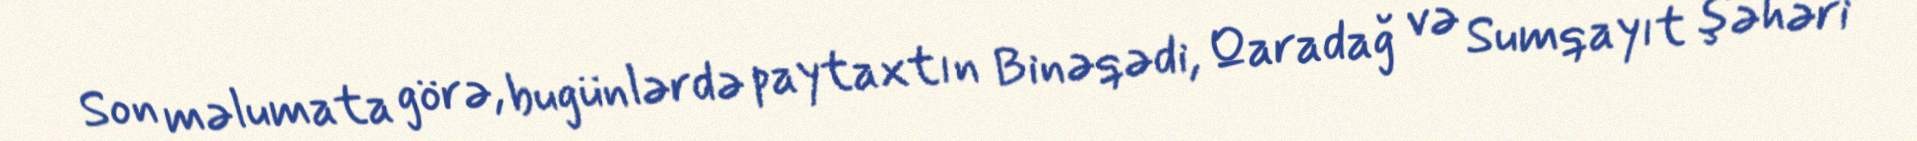
Son məlumata görə, bugünlərdə paytaxtın Binəqədi, Qaradağ və Sumqayıt şəhəri